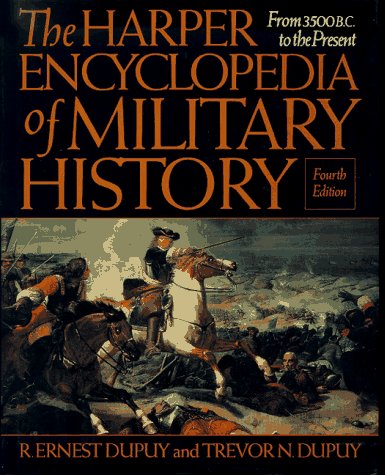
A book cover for The Harper Encyclopedia of Military History: From 3500 BC to the Present; R. Ernest Dupuy; Reference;